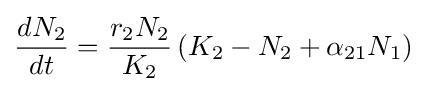
{\frac {dN_{2}}{dt}}={\frac {r_{2}N_{2}}{K_{2}}}\left(K_{2}-N_{2}+\alpha _{21}N_{1}\right)